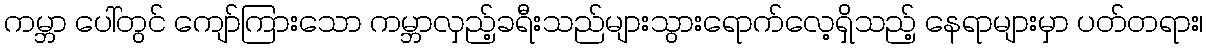
ကမ္ဘာ ပေါ်တွင် ကျော်ကြားသော ကမ္ဘာလှည့်ခရီးသည်များသွားရောက်လေ့ရှိသည့် နေရာများမှာ ပတ်တရား၊